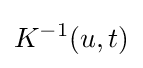
K^{-1}(u,t)